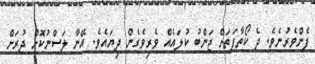
ފެންވެރުނެވެ. ދެ ކޯތާފަތަށް ޖަންބު ކުލައެއް ވެރިވެގެން ދިޔައެވެ. އޭނާ ލަސްނުކޮށް ދުރަށް